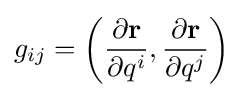
\displaystyle g_{ij}=\left({\frac {\partial \mathbf {r} }{\partial q^{i}}},{\frac {\partial \mathbf {r} }{\partial q^{j}}}\right)